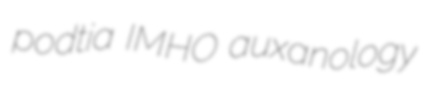
podtia IMHO auxanology